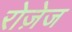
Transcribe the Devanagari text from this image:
रोज़ेज